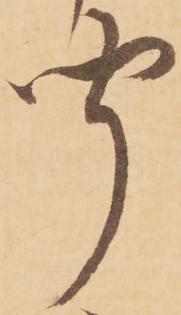
聞